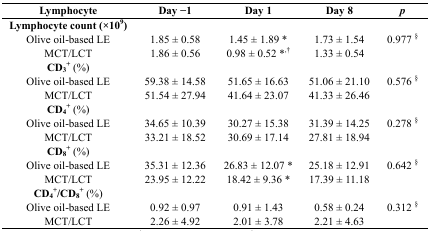
<table><thead><tr><td><b>Lymphocyte</b></td><td><b>Day −1</b></td><td><b>Day 1</b></td><td><b>Day 8</b></td><td><b><i>p</i></b></td></tr></thead><tbody><tr><td><b>Lymphocyte count (×10<sup>9</sup>)</b></td><td></td><td></td><td></td><td rowspan="3">0.977 <sup>§</sup></td></tr><tr><td>Olive oil-based LE</td><td>1.85 ± 0.58</td><td>1.45 ± 1.89 *</td><td>1.73 ± 1.54</td></tr><tr><td>MCT/LCT</td><td>1.86 ± 0.56</td><td>0.98 ± 0.52 *<sup>,†</sup></td><td>1.33 ± 0.54</td></tr><tr><td><b>CD<sub>3</sub><sup>+</sup></b> (%)</td><td></td><td></td><td></td><td rowspan="3">0.576 <sup>§</sup></td></tr><tr><td>Olive oil-based LE</td><td>59.38 ± 14.58</td><td>51.65 ± 16.63</td><td>51.06 ± 21.10</td></tr><tr><td>MCT/LCT</td><td>51.54 ± 27.94</td><td>41.64 ± 23.07</td><td>41.33 ± 26.46</td></tr><tr><td><b>CD<sub>4</sub><sup>+</sup></b> (%)</td><td></td><td></td><td></td><td rowspan="3">0.278 <sup>§</sup></td></tr><tr><td>Olive oil-based LE</td><td>34.65 ± 10.39</td><td>30.27 ± 15.38</td><td>31.39 ± 14.25</td></tr><tr><td>MCT/LCT</td><td>33.21 ± 18.52</td><td>30.69 ± 17.14</td><td>27.81 ± 18.94</td></tr><tr><td><b>CD<sub>8</sub><sup>+</sup></b> (%)</td><td></td><td></td><td></td><td rowspan="3">0.642 <sup>§</sup></td></tr><tr><td>Olive oil-based LE</td><td>35.31 ± 12.36</td><td>26.83 ± 12.07 *</td><td>25.18 ± 12.91</td></tr><tr><td>MCT/LCT</td><td>23.95 ± 12.22</td><td>18.42 ± 9.36 *</td><td>17.39 ± 11.18</td></tr><tr><td><b>CD<sub>4</sub><sup>+</sup>/CD<sub>8</sub><sup>+</sup></b> (%)</td><td></td><td></td><td></td><td rowspan="3">0.312 <sup>§</sup></td></tr><tr><td>Olive oil-based LE</td><td>0.92 ± 0.97</td><td>0.91 ± 1.43</td><td>0.58 ± 0.24</td></tr><tr><td>MCT/LCT</td><td>2.26 ± 4.92</td><td>2.01 ± 3.78</td><td>2.21 ± 4.63</td></tr></tbody></table>